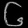
Digit: ၆